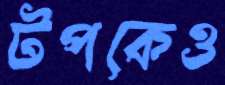
টপকেও